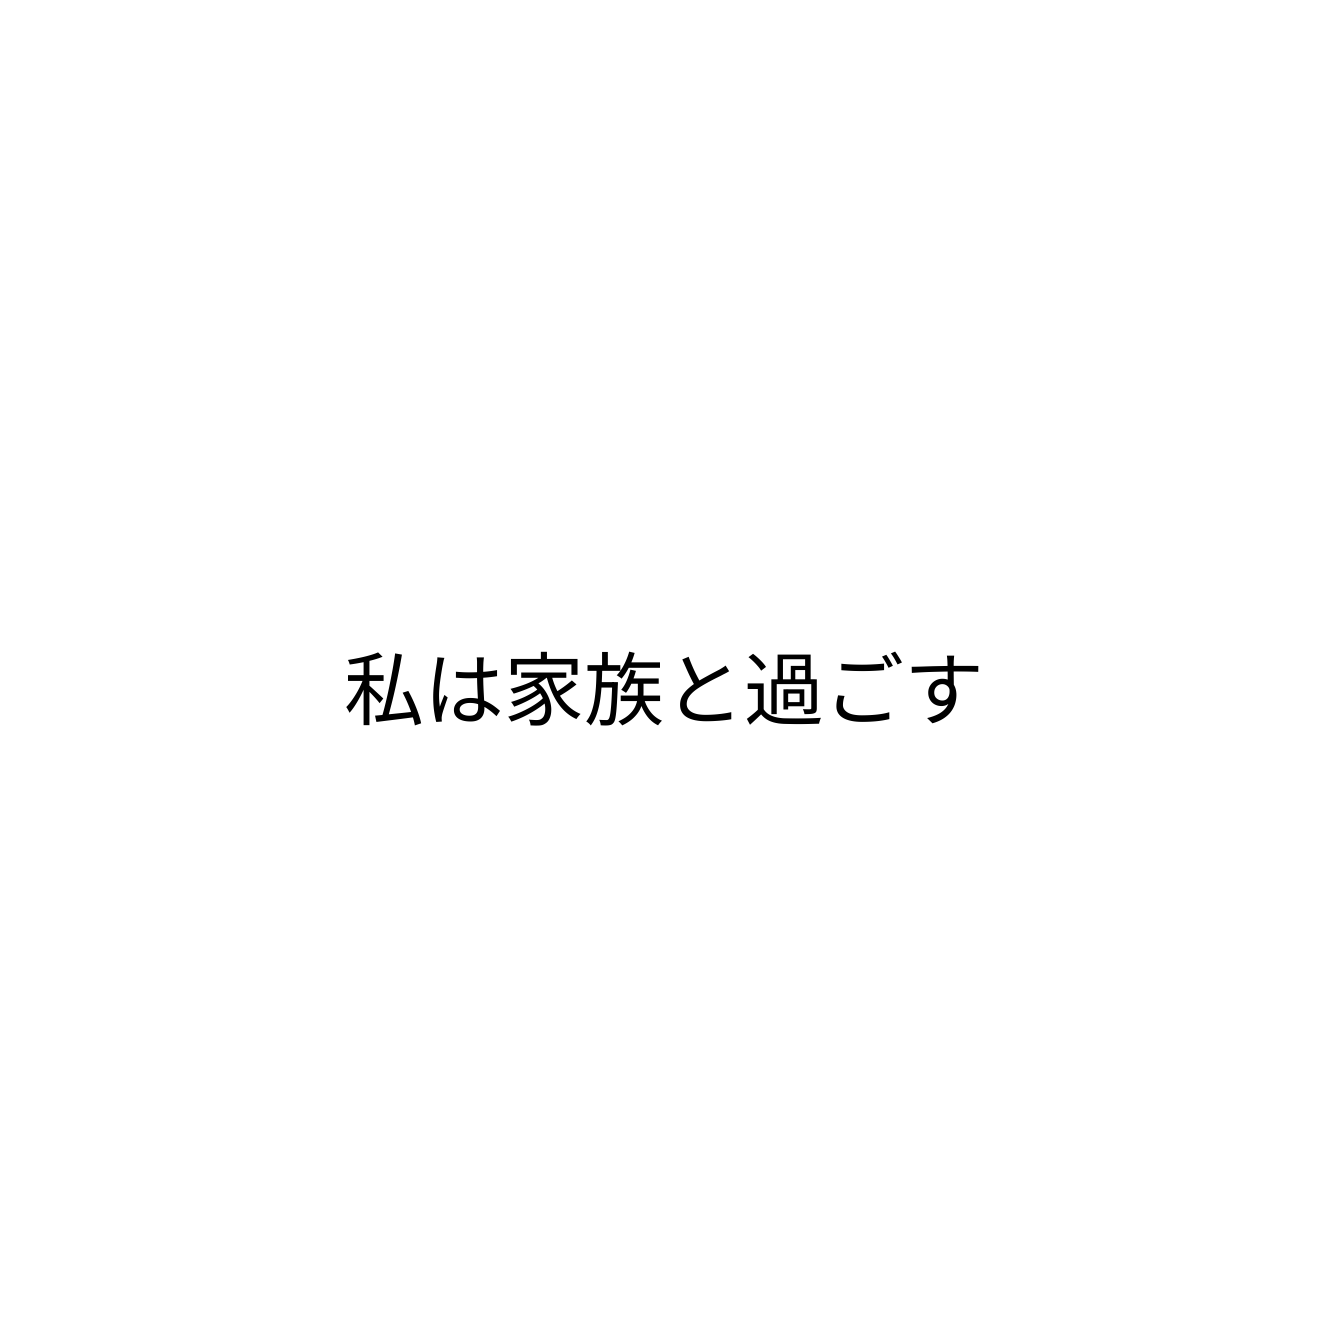
私は家族と過ごす